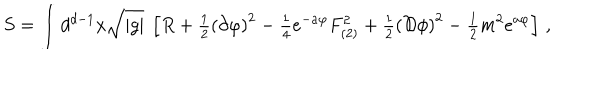
S = \int d ^ { d - 1 } x \sqrt { | g | } \ \left[ R + { \textstyle \frac { 1 } { 2 } } \left( \partial \varphi \right) ^ { 2 } - { \textstyle \frac { 1 } { 4 } } e ^ { - a \varphi } F _ { ( 2 ) } ^ { 2 } + { \textstyle \frac { 1 } { 2 } } \left( { \cal D } \phi \right) ^ { 2 } - { \textstyle \frac { 1 } { 2 } } m ^ { 2 } e ^ { a \varphi } \right] \, ,